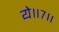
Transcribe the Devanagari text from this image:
ये॥७॥